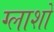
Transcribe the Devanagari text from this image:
ग्लाशो